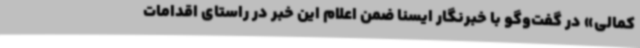
کمالی» در گفت‌وگو با خبرنگار ایسنا ضمن اعلام این خبر در راستای اقدامات